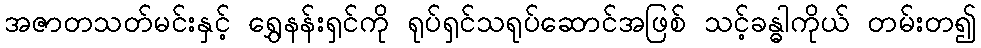
အဇာတသတ်မင်းနှင့် ရွှေနန်းရှင်ကို ရုပ်ရှင်သရုပ်ဆောင်အဖြစ် သင့်ခန္ဓါကိုယ် တမ်းတ၍